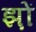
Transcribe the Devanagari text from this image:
झ़ों